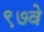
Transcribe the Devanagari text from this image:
९७वे